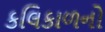
કલિકાળનો